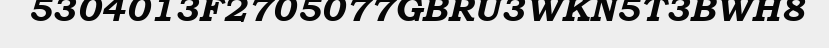
5304013F2705077GBRU3WKN5T3BWH8